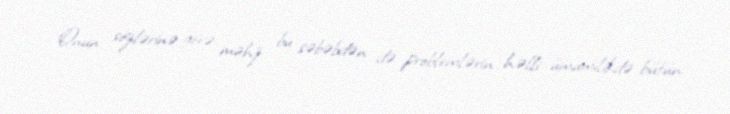
Onun sözlərinə görə, məhz bu səbəbdən də problemlərin həlli ümumilikdə bütün